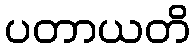
ပတာယတိ